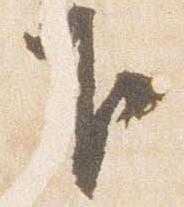
下